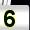
Digit: 5